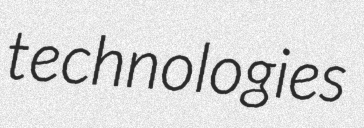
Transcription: technologies